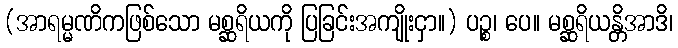
(အာရမ္မဏိကဖြစ်သော မစ္ဆရိယကို ပြခြင်းအကျိုးငှာ။) ပဉ္စ၊ ပေ။ မစ္ဆရိယန္တိအာဒိ၊